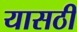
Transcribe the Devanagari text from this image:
यासठी